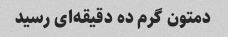
دمتون گرم ده دقیقه‌ای رسید